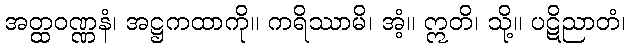
အတ္ထဝဏ္ဏနံ၊ အဋ္ဌကထာကို။ ကရိဿာမိ၊ အံ့။ ဣတိ၊ သို့။ ပဋိညာတံ၊